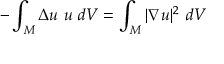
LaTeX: - \int _ { M } \Delta u \ u \ d V = \int _ { M } | \nabla u | ^ { 2 } \ d V